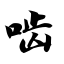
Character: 啮